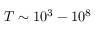
T \sim 1 0 ^ { 3 } - 1 0 ^ { 8 }